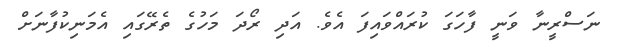
ނަސްރީނާ ވަނީ ފާހަގަ ކުރައްވައިފަ އެވެ. އަދި ރޯދަ މަހުގެ ތެރޭގައި އެމަނިކުފާނަށް